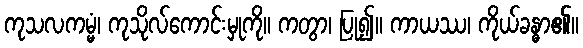
ကုသလကမ္မံ၊ ကုသိုလ်ကောင်းမှုကို။ ကတွာ၊ ပြု၍။ ကာယဿ၊ ကိုယ်ခန္ဓာ၏။